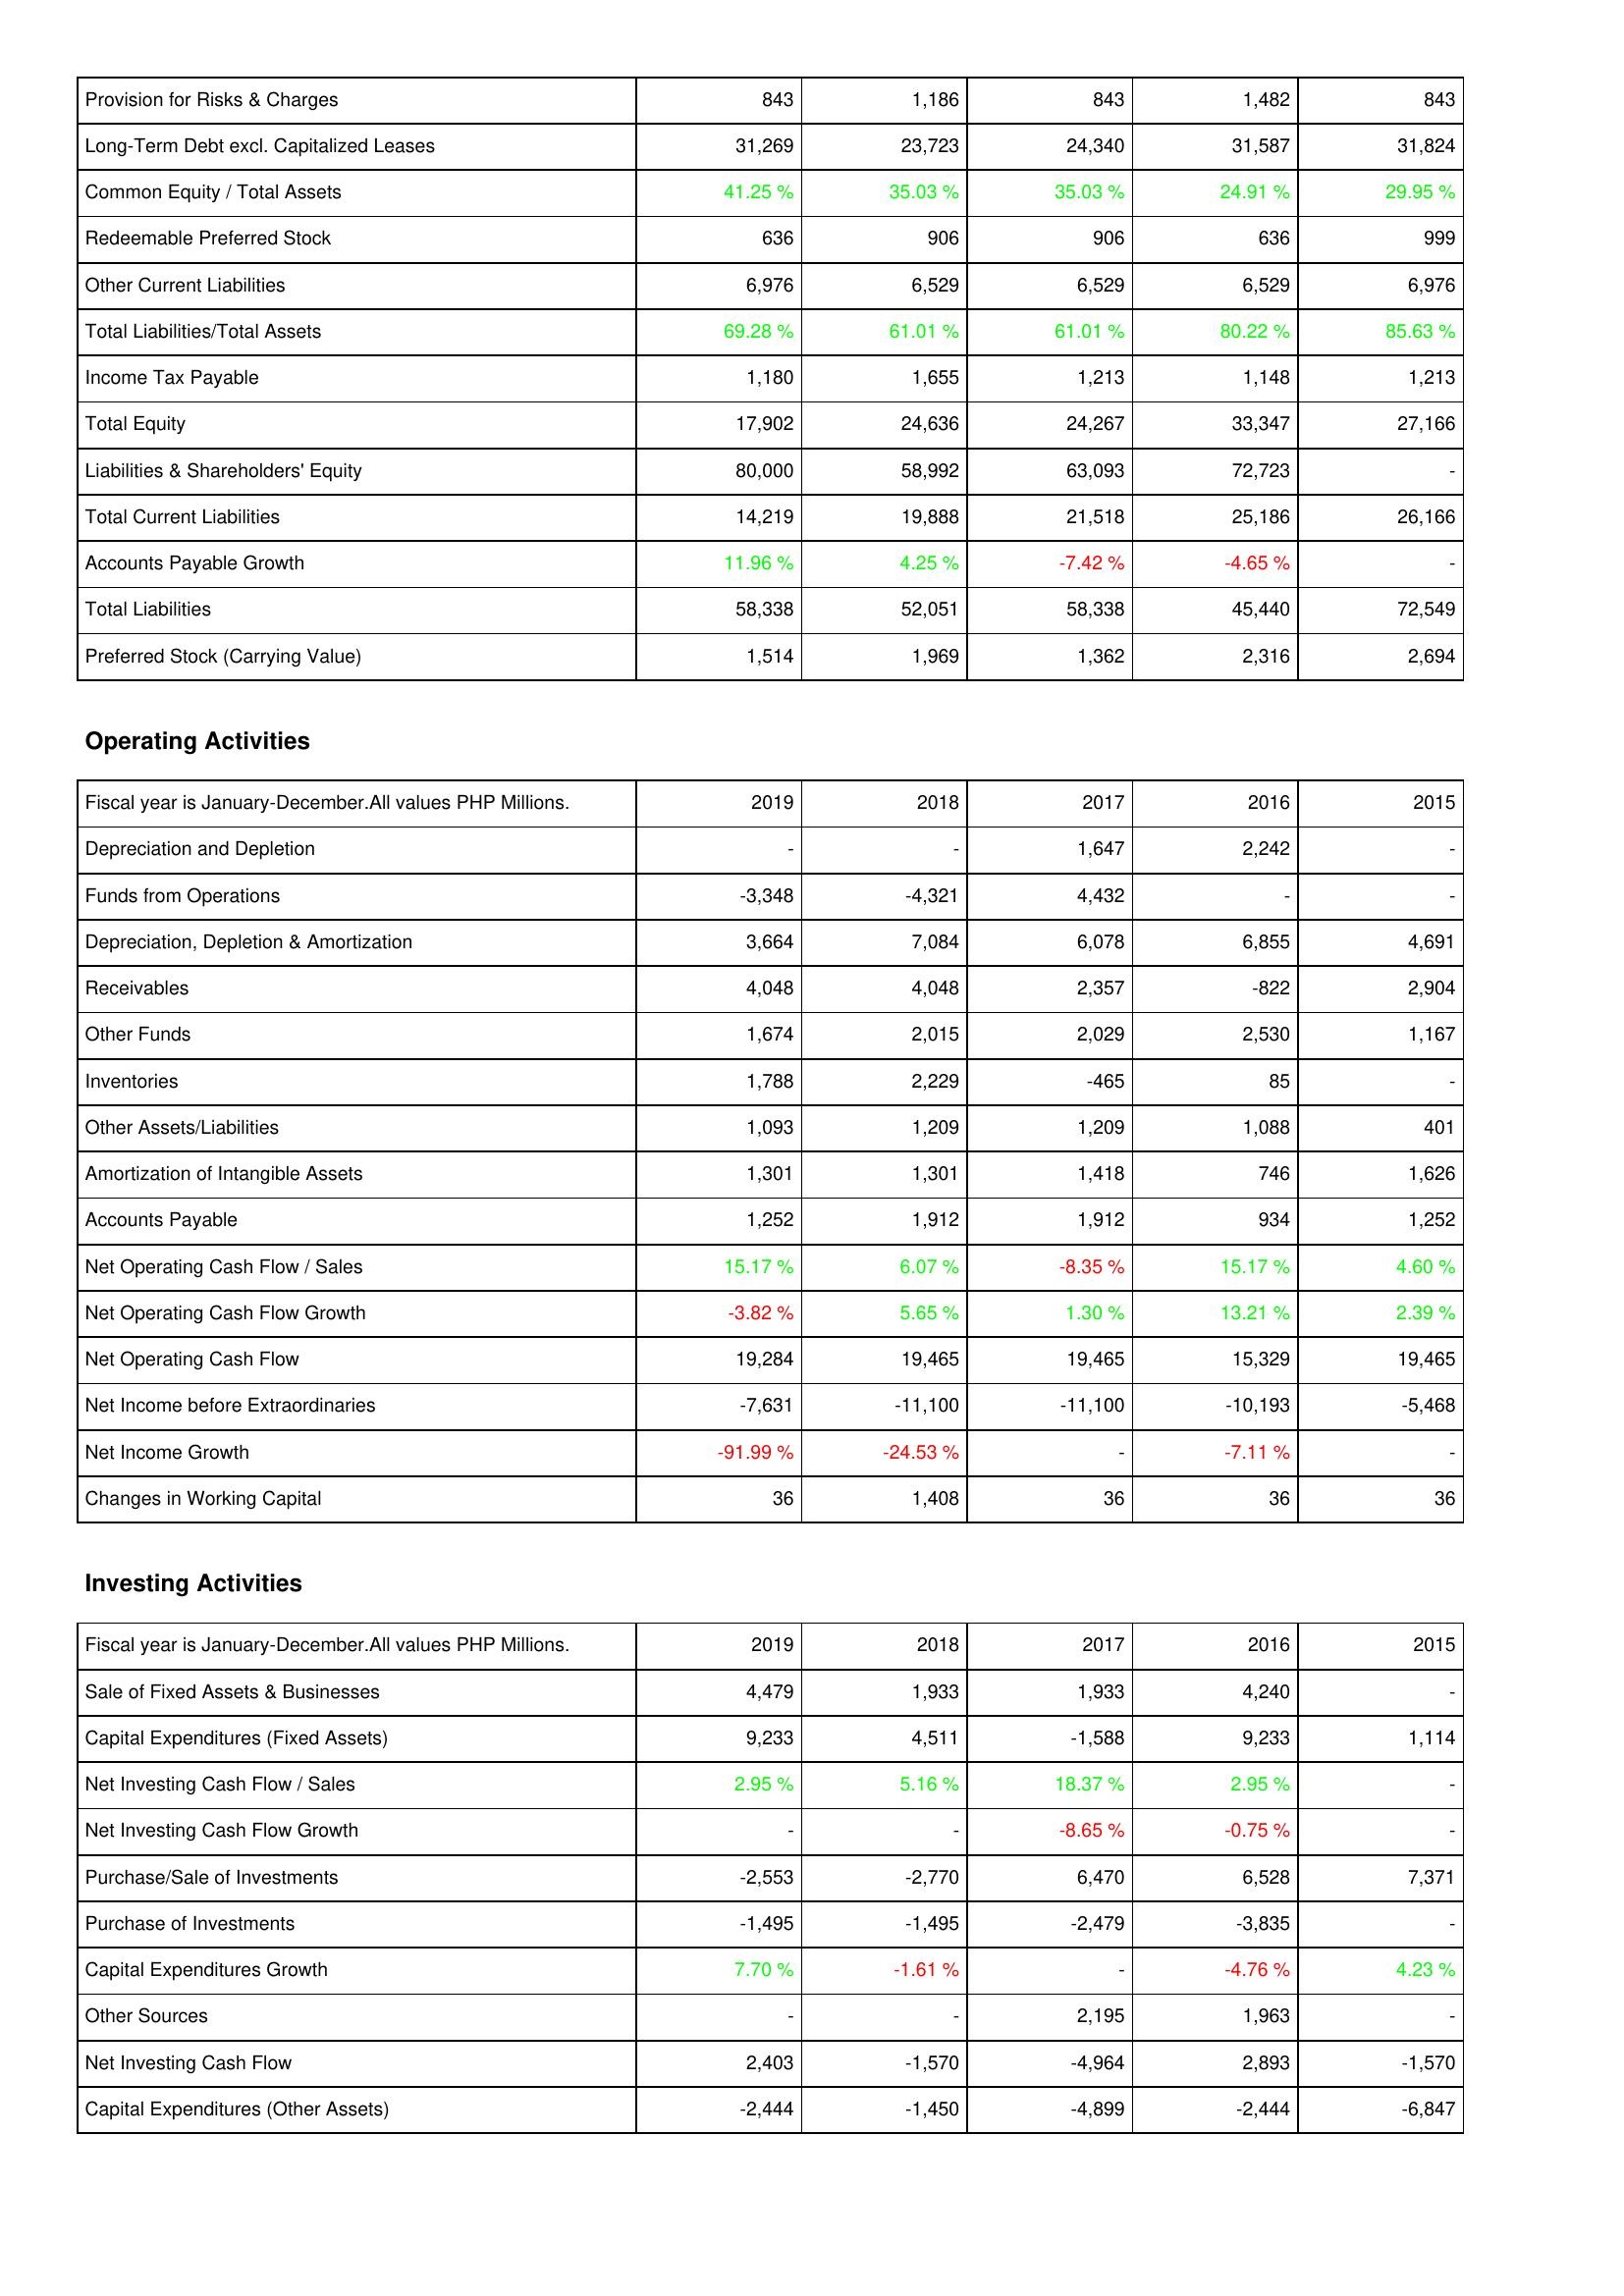
2019: Liabilities & Shareholders' Equity: Provision for Risks & Charges: 843
Long-Term Debt excl. Capitalized Leases: 31,269
Common Equity / Total Assets: 41.25 %
Redeemable Preferred Stock: 636
Other Current Liabilities: 6,976
Total Liabilities/Total Assets: 69.28 %
Income Tax Payable: 1,180
Total Equity: 17,902
Liabilities & Shareholders' Equity: 80,000
Total Current Liabilities: 14,219
Accounts Payable Growth: 11.96 %
Total Liabilities: 58,338
Preferred Stock (Carrying Value): 1,514
Operating Activities: Depreciation and Depletion: -
Funds from Operations: -3,348
Depreciation, Depletion & Amortization: 3,664
Receivables: 4,048
Other Funds: 1,674
Inventories: 1,788
Other Assets/Liabilities: 1,093
Amortization of Intangible Assets: 1,301
Accounts Payable: 1,252
Net Operating Cash Flow / Sales: 15.17 %
Net Operating Cash Flow Growth: -3.82 %
Net Operating Cash Flow: 19,284
Net Income before Extraordinaries: -7,631
Net Income Growth: -91.99 %
Changes in Working Capital: 36
Investing Activities: Sale of Fixed Assets & Businesses: 4,479
Capital Expenditures (Fixed Assets): 9,233
Net Investing Cash Flow / Sales: 2.95 %
Net Investing Cash Flow Growth: -
Purchase/Sale of Investments: -2,553
Purchase of Investments: -1,495
Capital Expenditures Growth: 7.70 %
Other Sources: -
Net Investing Cash Flow: 2,403
Capital Expenditures (Other Assets): -2,444
2018: Liabilities & Shareholders' Equity: Provision for Risks & Charges: 1,186
Long-Term Debt excl. Capitalized Leases: 23,723
Common Equity / Total Assets: 35.03 %
Redeemable Preferred Stock: 906
Other Current Liabilities: 6,529
Total Liabilities/Total Assets: 61.01 %
Income Tax Payable: 1,655
Total Equity: 24,636
Liabilities & Shareholders' Equity: 58,992
Total Current Liabilities: 19,888
Accounts Payable Growth: 4.25 %
Total Liabilities: 52,051
Preferred Stock (Carrying Value): 1,969
Operating Activities: Depreciation and Depletion: -
Funds from Operations: -4,321
Depreciation, Depletion & Amortization: 7,084
Receivables: 4,048
Other Funds: 2,015
Inventories: 2,229
Other Assets/Liabilities: 1,209
Amortization of Intangible Assets: 1,301
Accounts Payable: 1,912
Net Operating Cash Flow / Sales: 6.07 %
Net Operating Cash Flow Growth: 5.65 %
Net Operating Cash Flow: 19,465
Net Income before Extraordinaries: -11,100
Net Income Growth: -24.53 %
Changes in Working Capital: 1,408
Investing Activities: Sale of Fixed Assets & Businesses: 1,933
Capital Expenditures (Fixed Assets): 4,511
Net Investing Cash Flow / Sales: 5.16 %
Net Investing Cash Flow Growth: -
Purchase/Sale of Investments: -2,770
Purchase of Investments: -1,495
Capital Expenditures Growth: -1.61 %
Other Sources: -
Net Investing Cash Flow: -1,570
Capital Expenditures (Other Assets): -1,450
2017: Liabilities & Shareholders' Equity: Provision for Risks & Charges: 843
Long-Term Debt excl. Capitalized Leases: 24,340
Common Equity / Total Assets: 35.03 %
Redeemable Preferred Stock: 906
Other Current Liabilities: 6,529
Total Liabilities/Total Assets: 61.01 %
Income Tax Payable: 1,213
Total Equity: 24,267
Liabilities & Shareholders' Equity: 63,093
Total Current Liabilities: 21,518
Accounts Payable Growth: -7.42 %
Total Liabilities: 58,338
Preferred Stock (Carrying Value): 1,362
Operating Activities: Depreciation and Depletion: 1,647
Funds from Operations: 4,432
Depreciation, Depletion & Amortization: 6,078
Receivables: 2,357
Other Funds: 2,029
Inventories: -465
Other Assets/Liabilities: 1,209
Amortization of Intangible Assets: 1,418
Accounts Payable: 1,912
Net Operating Cash Flow / Sales: -8.35 %
Net Operating Cash Flow Growth: 1.30 %
Net Operating Cash Flow: 19,465
Net Income before Extraordinaries: -11,100
Net Income Growth: -
Changes in Working Capital: 36
Investing Activities: Sale of Fixed Assets & Businesses: 1,933
Capital Expenditures (Fixed Assets): -1,588
Net Investing Cash Flow / Sales: 18.37 %
Net Investing Cash Flow Growth: -8.65 %
Purchase/Sale of Investments: 6,470
Purchase of Investments: -2,479
Capital Expenditures Growth: -
Other Sources: 2,195
Net Investing Cash Flow: -4,964
Capital Expenditures (Other Assets): -4,899
2016: Liabilities & Shareholders' Equity: Provision for Risks & Charges: 1,482
Long-Term Debt excl. Capitalized Leases: 31,587
Common Equity / Total Assets: 24.91 %
Redeemable Preferred Stock: 636
Other Current Liabilities: 6,529
Total Liabilities/Total Assets: 80.22 %
Income Tax Payable: 1,148
Total Equity: 33,347
Liabilities & Shareholders' Equity: 72,723
Total Current Liabilities: 25,186
Accounts Payable Growth: -4.65 %
Total Liabilities: 45,440
Preferred Stock (Carrying Value): 2,316
Operating Activities: Depreciation and Depletion: 2,242
Funds from Operations: -
Depreciation, Depletion & Amortization: 6,855
Receivables: -822
Other Funds: 2,530
Inventories: 85
Other Assets/Liabilities: 1,088
Amortization of Intangible Assets: 746
Accounts Payable: 934
Net Operating Cash Flow / Sales: 15.17 %
Net Operating Cash Flow Growth: 13.21 %
Net Operating Cash Flow: 15,329
Net Income before Extraordinaries: -10,193
Net Income Growth: -7.11 %
Changes in Working Capital: 36
Investing Activities: Sale of Fixed Assets & Businesses: 4,240
Capital Expenditures (Fixed Assets): 9,233
Net Investing Cash Flow / Sales: 2.95 %
Net Investing Cash Flow Growth: -0.75 %
Purchase/Sale of Investments: 6,528
Purchase of Investments: -3,835
Capital Expenditures Growth: -4.76 %
Other Sources: 1,963
Net Investing Cash Flow: 2,893
Capital Expenditures (Other Assets): -2,444
2015: Liabilities & Shareholders' Equity: Provision for Risks & Charges: 843
Long-Term Debt excl. Capitalized Leases: 31,824
Common Equity / Total Assets: 29.95 %
Redeemable Preferred Stock: 999
Other Current Liabilities: 6,976
Total Liabilities/Total Assets: 85.63 %
Income Tax Payable: 1,213
Total Equity: 27,166
Liabilities & Shareholders' Equity: -
Total Current Liabilities: 26,166
Accounts Payable Growth: -
Total Liabilities: 72,549
Preferred Stock (Carrying Value): 2,694
Operating Activities: Depreciation and Depletion: -
Funds from Operations: -
Depreciation, Depletion & Amortization: 4,691
Receivables: 2,904
Other Funds: 1,167
Inventories: -
Other Assets/Liabilities: 401
Amortization of Intangible Assets: 1,626
Accounts Payable: 1,252
Net Operating Cash Flow / Sales: 4.60 %
Net Operating Cash Flow Growth: 2.39 %
Net Operating Cash Flow: 19,465
Net Income before Extraordinaries: -5,468
Net Income Growth: -
Changes in Working Capital: 36
Investing Activities: Sale of Fixed Assets & Businesses: -
Capital Expenditures (Fixed Assets): 1,114
Net Investing Cash Flow / Sales: -
Net Investing Cash Flow Growth: -
Purchase/Sale of Investments: 7,371
Purchase of Investments: -
Capital Expenditures Growth: 4.23 %
Other Sources: -
Net Investing Cash Flow: -1,570
Capital Expenditures (Other Assets): -6,847